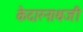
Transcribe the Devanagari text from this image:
केदारनाथजी